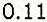
0.11